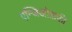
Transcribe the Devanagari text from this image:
एन्जिओग्राफी